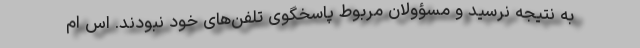
به نتیجه نرسید و مسؤولان مربوط پاسخگوی تلفن‌های خود نبودند. اس ام